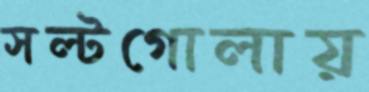
সল্টগোলায়